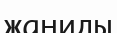
жаниды